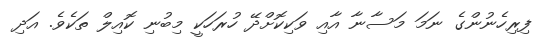
ފިރިހެނުންގެ ނަމަ މަސާނާ އާއި ވަކިކޮށްދޭ ހުރަަހަކީ މިބުނި ކޮއިލް ތަކެވެ. އަދި